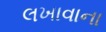
લખાવાના